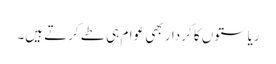
ریاستوں کا کردار بھی عوام ہی طے کرتے ہیں۔